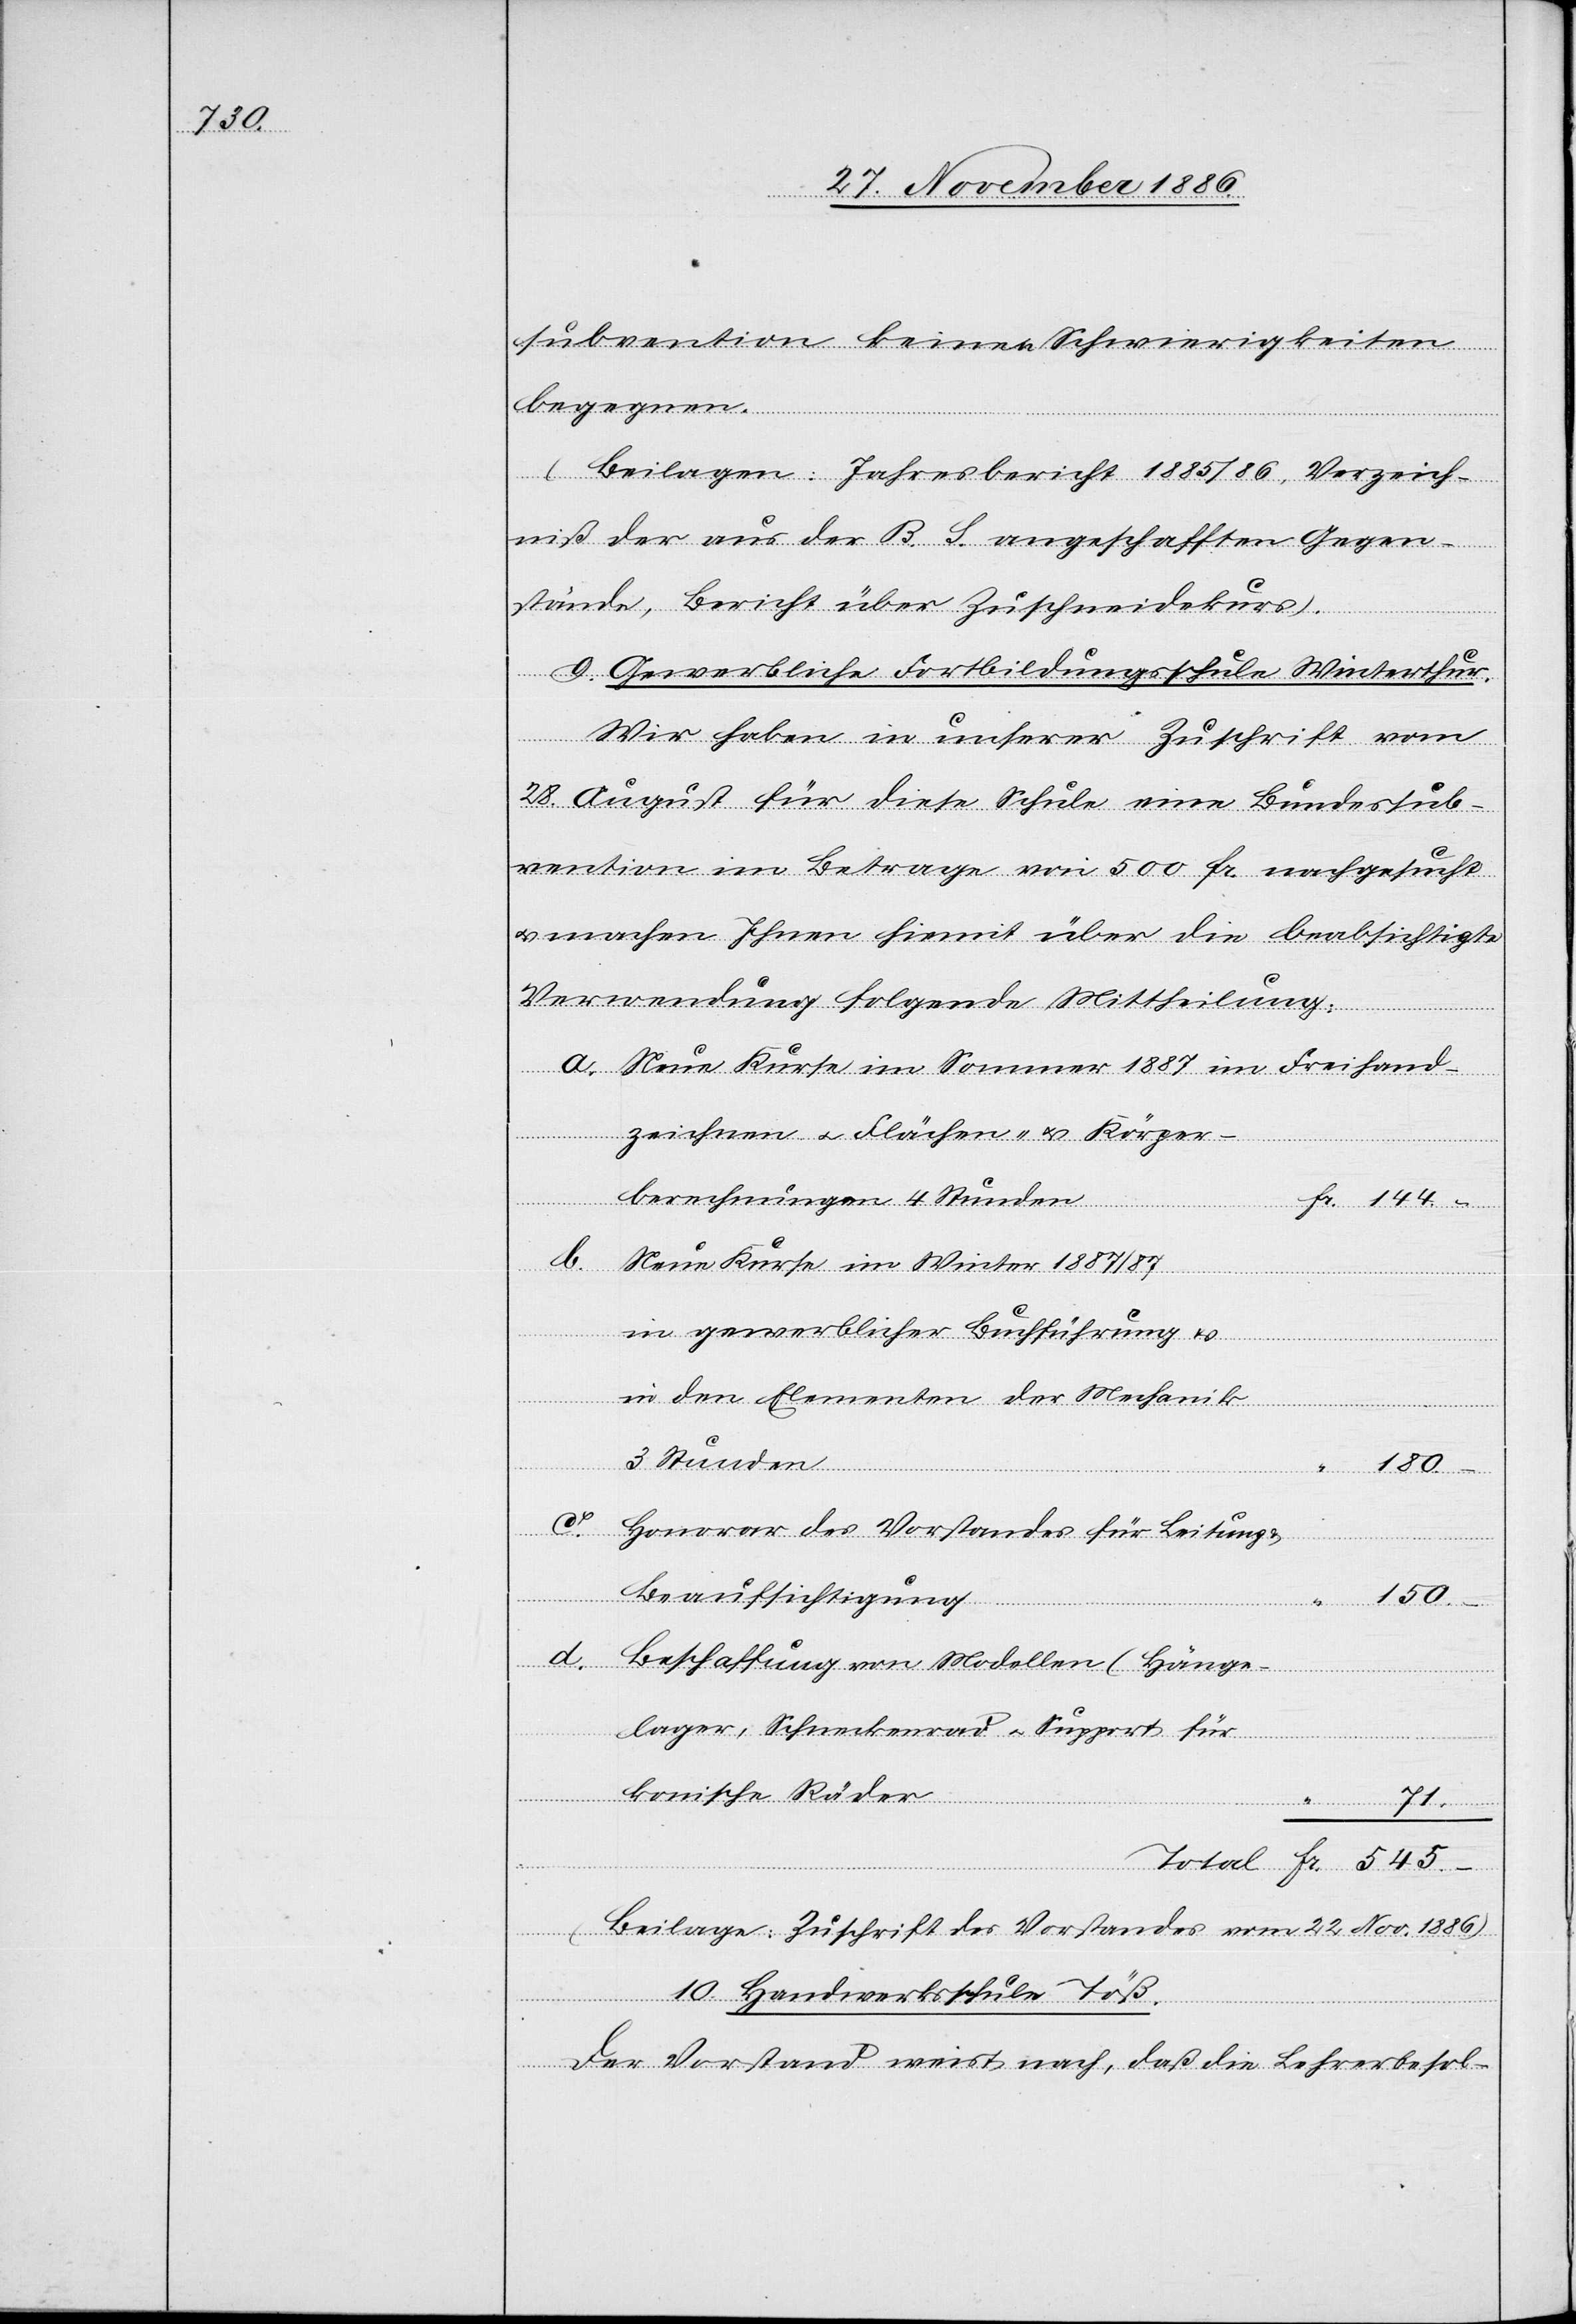
180.–

subvention keinen Schwierigkeiten
begegnen.
(Beilagen: Jahresbericht 1885/86, Verzeich¬
niß der aus der B. S. angeschafften Gegen¬
stände, Bericht über Zuschneidekurs).
9. Gewerbliche Fortbildungsschule Winterthur.
Wir haben in unserer Zuschrift vom
28. August für diese Schule eine Bundessub¬
vention im Betrage von 500 Fr. nachgesucht
& machen Ihnen hiemit über die beabsichtigte
Verwendung folgende Mittheilung:
Neue Kurse im Sommer 1887 im Freihand¬
zeichnen & Flächen- & Körper¬
berechnungen 4 Stunden
Fr.
b.
Neue Kurse im Winter 1887/87
in gewerblicher Buchführung &
in den Elementen der Mechanik
Total
3 Stunden
Honorar des Vorstandes für Leitung
Beaufsichtigung
150.–
Beschaffung von Modellen (Hänge¬
lager, Schneckenrad & Support für
c.
konische Räder)
Fr.
a.
(Beilage: Zuschrift des Vorstandes vom 22. Nov. 1886)
10. Handwerksschule Töß.
Der Vorstand weist nach, daß die Lehrerbesol-